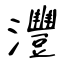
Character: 灃